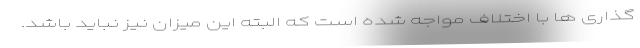
گذاری ها با اختلاف مواجه شده است که البته این میزان نیز نباید باشد.